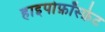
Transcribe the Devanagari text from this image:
हाइपोफ़ॉस्फ़ेट